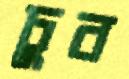
চুব